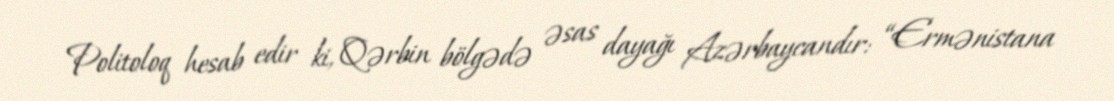
Politoloq hesab edir ki, Qərbin bölgədə əsas dayağı Azərbaycandır: “Ermənistana